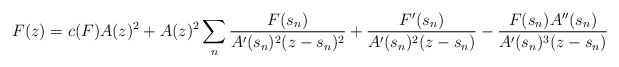
\begin{align*} F(z)=c(F)A(z)^2+A(z)^2 \sum_n\frac{F(s_n)}{A'(s_n)^2(z-s_n)^2}+ \frac{F'(s_n)}{A'(s_n)^2(z-s_n)}-\frac{F(s_n)A''(s_n)}{A'(s_n)^3(z-s_n)} \end{align*}